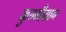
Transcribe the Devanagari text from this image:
कुम्भीग्राम